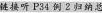
链接听P34例2归纳范